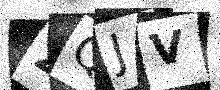
Text: 2QJV